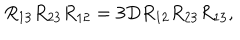
LaTeX: R _ { 1 3 } R _ { 2 3 } R _ { 1 2 } = 3 D R _ { 1 2 } R _ { 2 3 } R _ { 1 3 } ,